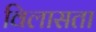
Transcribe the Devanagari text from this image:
विलासता